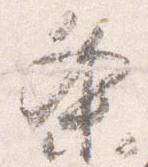
条